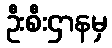
ဦးစီးဌာနမှ